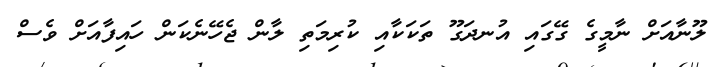
ލޫނާއަށް ނާމީގެ ގޭގައި އުނދަގޫ ތަކަކާއި ކުރިމަތި ލާން ޖެހޭނެކަން ހައިފާއަށް ވެސް